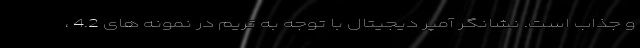
و جذاب است. نشانگر آمپر دیجیتال با توجه به تریم در نمونه های 4.2 ،